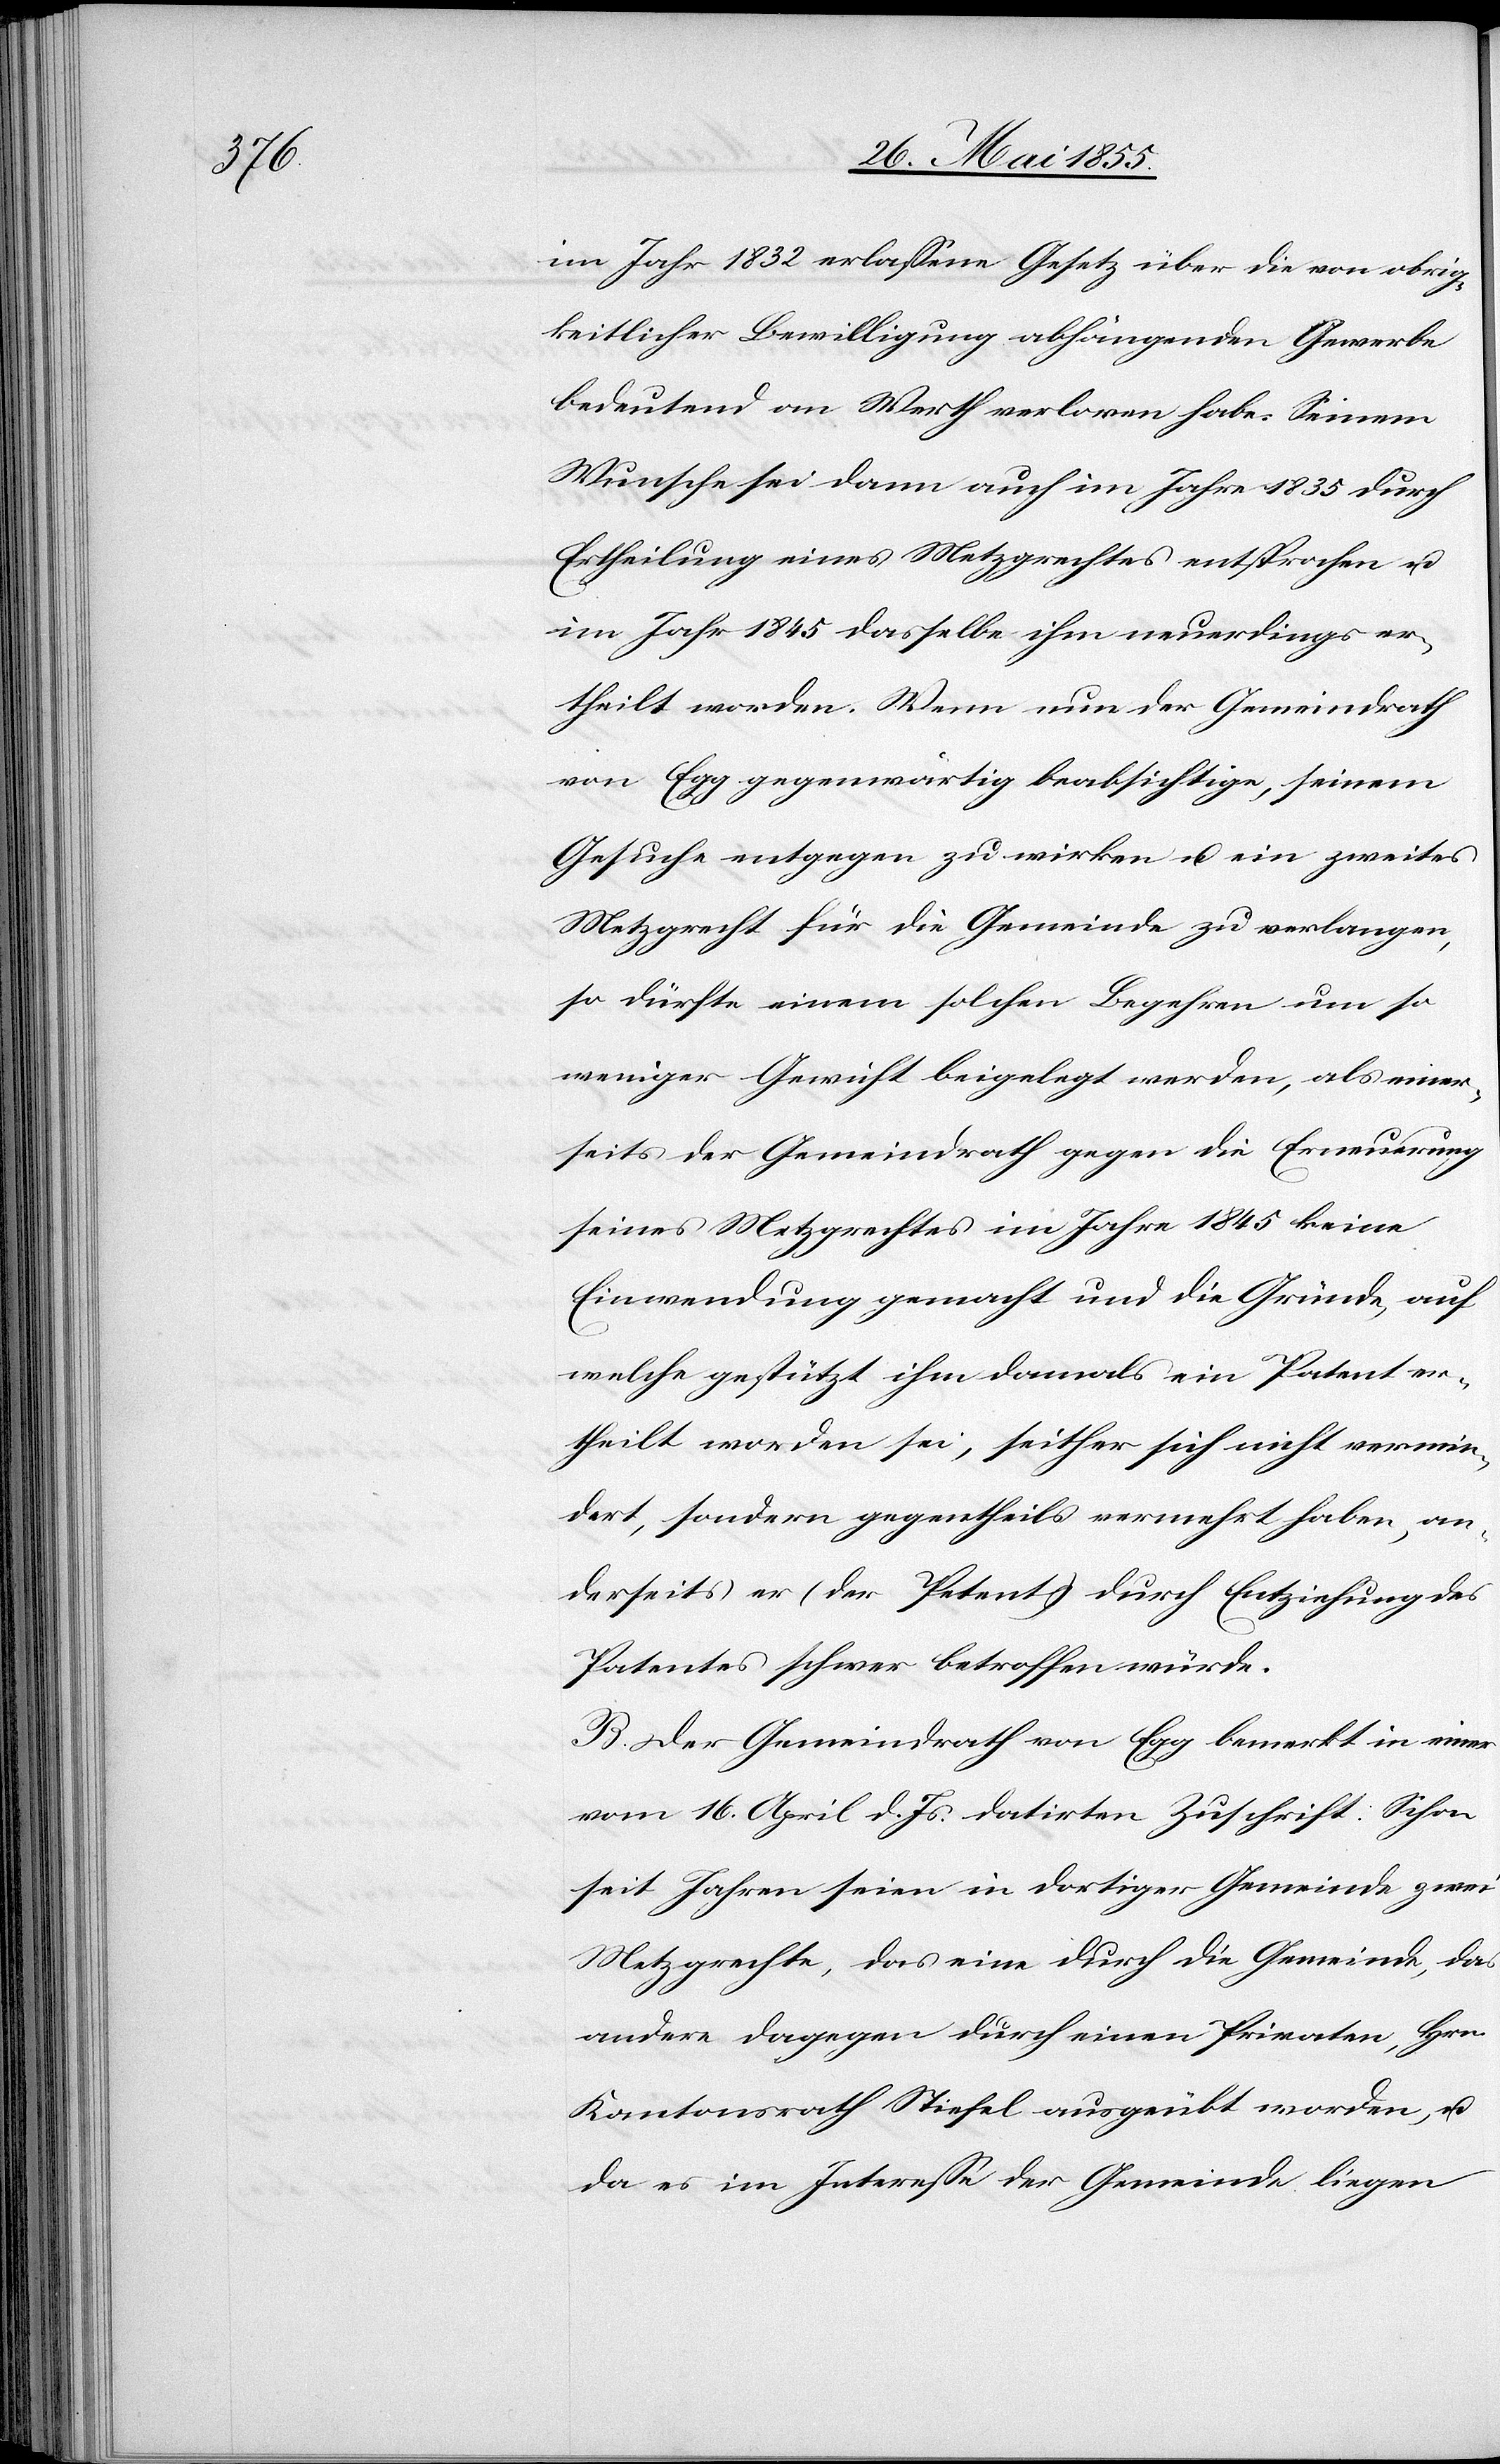
im Jahr 1832 erlassene Gesetz über die von obrig¬
keitlicher Bewilligung abhängenden Gewerbe
bedeutend an Werth verloren habe. Seinem
Wunsche sei dann auch im Jahre 1835 durch
Ertheilung eines Metzgrechtes entsprochen u.
im Jahr 1845 dasselbe ihm neuerdings er¬
theilt worden. Wenn nun der Gemeindrath
von Egg gegenwärtig beabsichtige, seinem
Gesuche entgegen zu wirken u. ein zweites
Metzgrecht für die Gemeinde zu verlangen,
so dürfte einem solchen Begehren um so
weniger Gewicht beigelegt werden, als einer¬
seits der Gemeindrath gegen die Erneuerung
seines Metzgrechtes im Jahre 1845 keine
Einwendung gemacht und die Gründe, auf
welche gestützt ihm damals ein Patent er¬
theilt worden sei, seither sich nicht vermin¬
dert, sondern gegentheils vermehrt haben, an¬
derseits er (der Petent) durch Entziehung des
Patentes schwer betroffen würde.
B. Der Gemeindrath von Egg bemerkt in einer
vom 16. April d. Js. datirten Zuschrift: Schon
seit Jahren seien in dortiger Gemeinde zwei
Metzgrechte, das eine durch die Gemeinde, das
andere dagegen durch einen Privaten, Hrn.
Kantonsrath Stiefel ausgeübt worden, u.
da es im Interesse der Gemeinde liegen